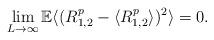
LaTeX: \begin{align*}\lim_{L\to\infty}\mathbb E \langle (R_{1,2} ^p - \langle R_{1,2} ^p\rangle )^2 \rangle=0.\end{align*}